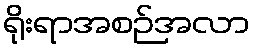
ရိုးရာအစဉ်အလာ